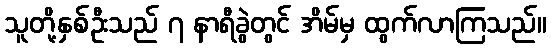
သူတို့နှစ်ဦးသည် ၇ နာရီခွဲတွင် အိမ်မှ ထွက်လာကြသည်။